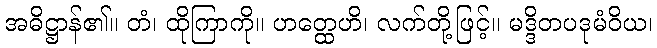
အဓိဋ္ဌာန်၏။ တံ၊ ထိုကြာကို။ ဟတ္ထေဟိ၊ လက်တို့ဖြင့်။ မဒ္ဒိတပဒုမံဝိယ၊